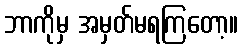
ဘာကိုမှ အမှတ်မရကြတော့။